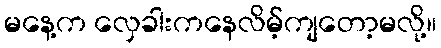
မနေ့က လှေခါးကနေလိမ့်ကျတော့မလို့။